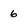
Character: 6